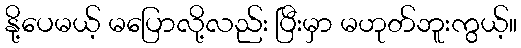
နို့ပေမယ့် မပြောလို့လည်း ပြီးမှာ မဟုတ်ဘူးကွယ့်။